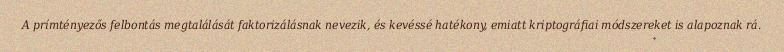
A prímtényezős felbontás megtalálását faktorizálásnak nevezik, és kevéssé hatékony, emiatt kriptográfiai módszereket is alapoznak rá.